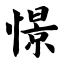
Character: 憬